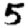
Digit: 5